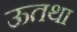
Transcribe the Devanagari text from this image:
ऊतथा